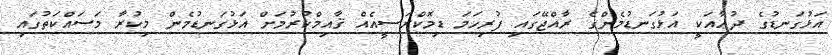
އަޅުގަނޑުގެ ދުޢާއަކީ އަޅުގަނޑުމެންގެ ރާއްޖޭގައި ފުރިހަމަ ޑިމޮކްރަސީއެއް ޤާއިމްކުރުމަށް އަޅުގަނޑުމެން މިކުރާ މަސައްކަތުގައި